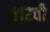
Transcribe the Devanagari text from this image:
११२वी